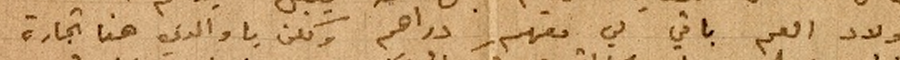
اولاد العم باقي لي معهم دراهم ولكن يا والدي هذا تجارة